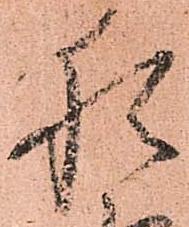
猶